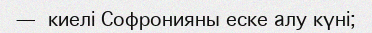
—  киелі Софронияны еске алу күні;